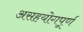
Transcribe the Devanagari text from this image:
असहयोगपूर्ण